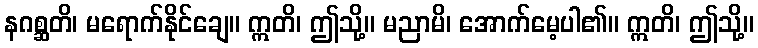
နဂစ္ဆတိ၊ မရောက်နိုင်ချေ။ ဣတိ၊ ဤသို့။ မညာမိ၊ အောက်မေ့ပါ၏။ ဣတိ၊ ဤသို့။